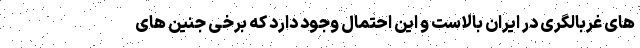
های غربالگری در ایران بالاست و این احتمال وجود دارد که برخی جنین های